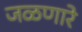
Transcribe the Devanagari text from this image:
जळणारे